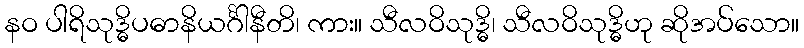
နဝ ပါရိသုဒ္ဓိပဓာနိယင်္ဂါနီတိ၊ ကား။ သီလဝိသုဒ္ဓိ၊ သီလဝိသုဒ္ဓိဟု ဆိုအပ်သော။